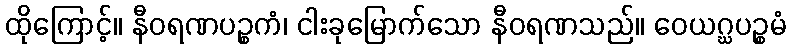
ထိုကြောင့်။ နီဝရဏပဉ္စကံ၊ ငါးခုမြောက်သော နီဝရဏသည်။ ဝေယဂ္ဃပဉ္စမံ